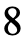
8